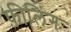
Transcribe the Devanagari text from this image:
फ़ीलिंग